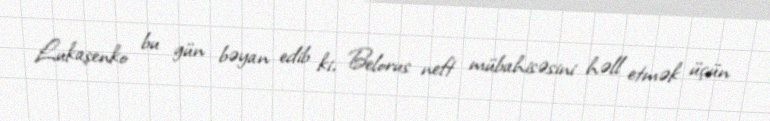
Lukaşenko bu gün bəyan edib ki, Belorus neft mübahisəsini həll etmək üçün